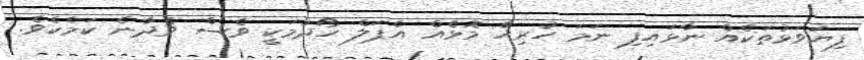
ފިޔަވަޅުތަކެއް ނާޅައިފި ނަމަ ހުރިހާ މޮޅެއް އެޕަލް ހޯދުމަކީ ވެސް ވެދާނެ ކަމެކެވެ.